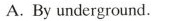
A.Byunderground.